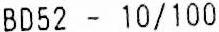
BD52 - 10/100